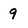
Character: 9